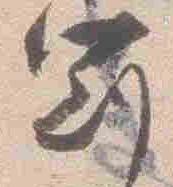
冠